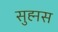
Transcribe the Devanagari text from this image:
सुह्मस